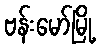
ဗန်းမော်မြို့